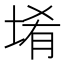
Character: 𱗅